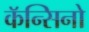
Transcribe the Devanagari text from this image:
कॅन्सिनो